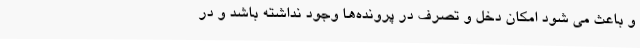
و باعث می شود امکان دخل و تصرف در پرونده‌ها وجود نداشته باشد و در